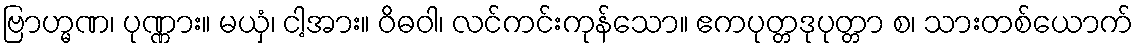
ဗြာဟ္မဏ၊ ပုဏ္ဏား။ မယှံ၊ ငါ့အား။ ဝိဓဝါ၊ လင်ကင်းကုန်သော။ ဧကပုတ္တဒုပုတ္တာ စ၊ သားတစ်ယောက်